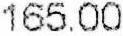
165.00